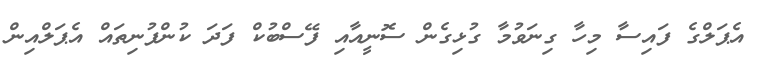
އެޕަލްގެ ފައިސާ މިހާ ގިނަވުމާ ގުޅިގެން ސޮނީއާއި ފޭސްބުކް ފަދަ ކުންފުނިތައް އެޕަލްއިން